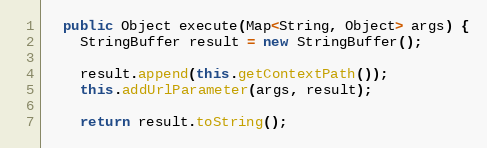
Language: Java
  public Object execute(Map<String, Object> args) {
    StringBuffer result = new StringBuffer();

    result.append(this.getContextPath());
    this.addUrlParameter(args, result);

    return result.toString();